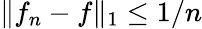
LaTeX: \| f_{n}-f\| _{1}\leq 1/n